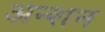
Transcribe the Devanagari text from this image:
अन्शन